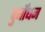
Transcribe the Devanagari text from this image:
दुर्योंधन